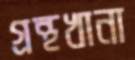
গ্রন্থখানা